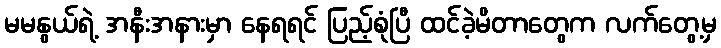
မမနွယ်ရဲ့ အနီးအနားမှာ နေရရင် ပြည့်စုံပြီ ထင်ခဲ့မိတာတွေက လက်တွေ့မှ